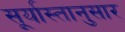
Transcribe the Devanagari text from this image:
सूर्यास्तानुसार